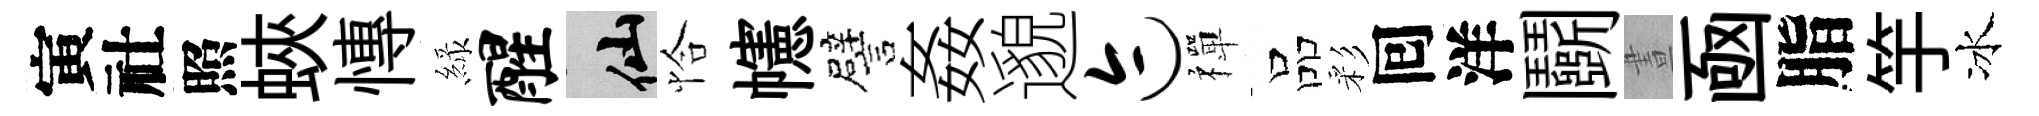
寅社照蛺慱緑醒仙恰幰譬姦邈迹禪品彩囘洋鬬晝凾脂竽冰